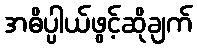
အဓိပ္ပါယ်ဖွင့်ဆိုချက်